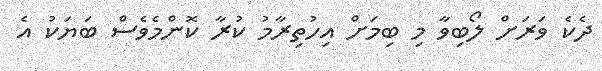
ދެކެ ވަރަށް ލޯބިވާ މި ބިމަށް އިހުތިރާމު ކުރާ ކޮންމެވެސް ބަޔަކު އެ